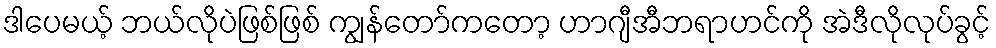
ဒါပေမယ့် ဘယ်လိုပဲဖြစ်ဖြစ် ကျွန်တော်ကတော့ ဟာဂျီအီဘရာဟင်ကို အဲဒီလိုလုပ်ခွင့်